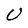
Character: U